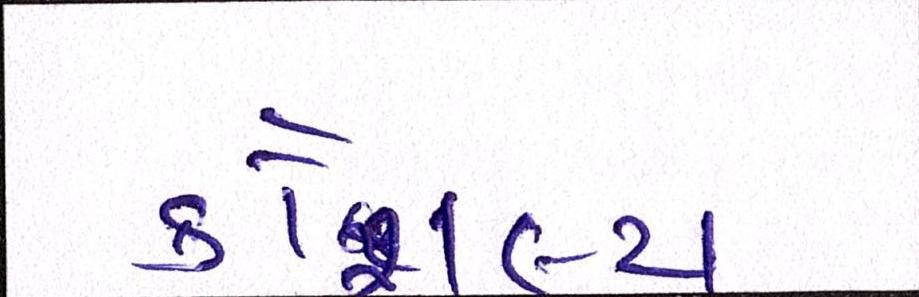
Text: કૌશલ્ય